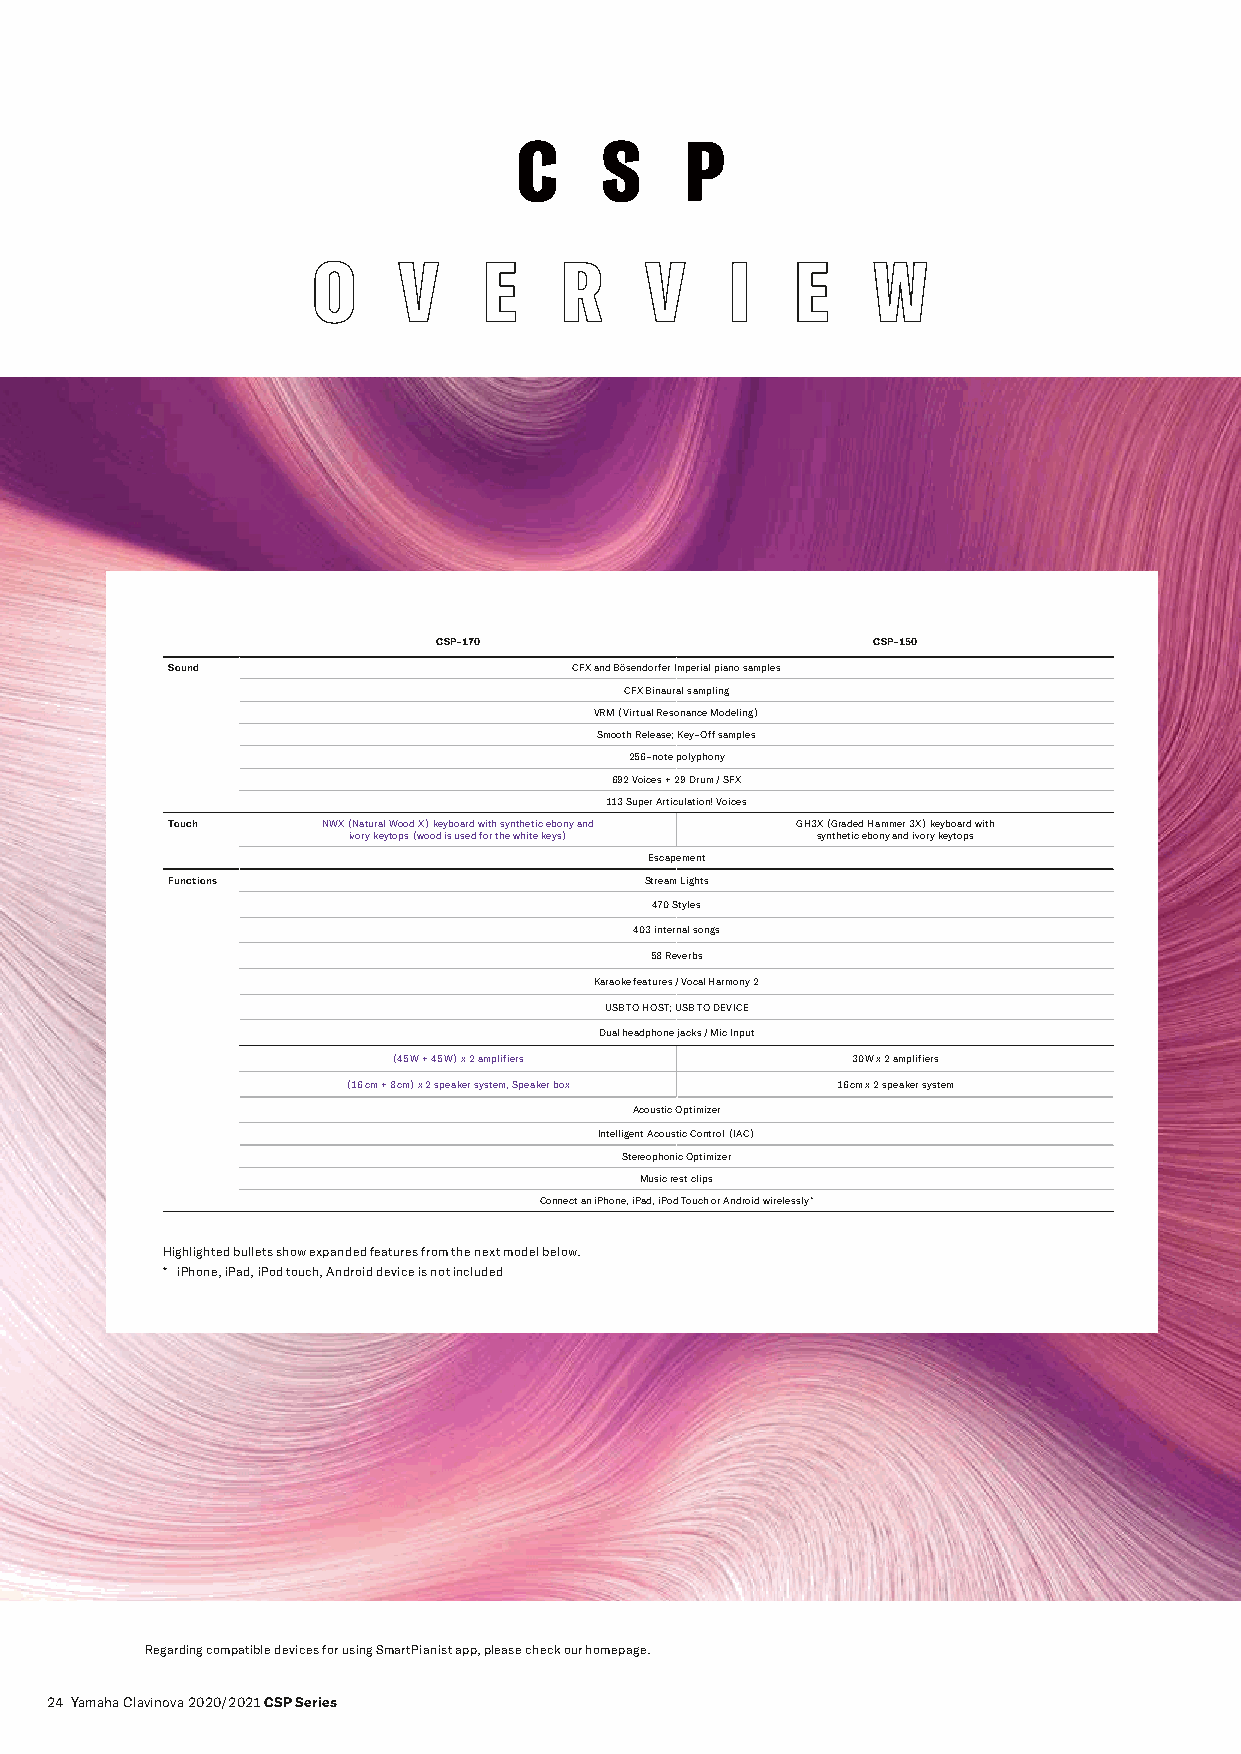
C     S    P
 O    V     E    R     V    I    E    W
 CSP-170                      CSP-150
 Sound                      CFX and Bösendorfer Imperial piano samples
 CFX Binaural sampling
 VRM (Virtual Resonance Modeling)
 Smooth Release; Key-Off samples
 256-note polyphony
 692 Voices + 29 Drum / SFX
 113 Super Articulation! Voices
 Touch     NWX (Natural Wood X) keyboard with synthetic ebony and GH3X (Graded Hammer 3X) keyboard with
 ivory keytops (wood is used for the white keys) synthetic ebony and ivory keytops
 Escapement
 Functions                       Stream Lights
 470 Styles
 403 internal songs
 58 Reverbs
 Karaoke features / Vocal Harmony 2
 USB TO HOST; USB TO DEVICE
 Dual headphone jacks / Mic Input
 (45 W + 45 W) x 2 amplifiers  30 W x 2 amplifiers
 (16 cm + 8 cm) x 2 speaker system, Speaker box 16 cm x 2 speaker system
 Acoustic Optimizer
 Intelligent Acoustic Control (IAC)
 Stereophonic Optimizer
 Music rest clips
 Connect an iPhone, iPad, iPod Touch or Android wirelessly *
 Highlighted bullets show expanded features from the next model below.
 * iPhone, iPad, iPod touch, Android device is not included
 Regarding compatible devices for using SmartPianist app, please check our homepage.
 24 Yamaha Clavinova 2020/2021 CSP Series